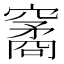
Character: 䆷